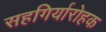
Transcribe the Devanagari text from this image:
सहगिर्यारोहक